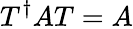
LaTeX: T^{\dagger}AT=A